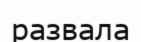
развала